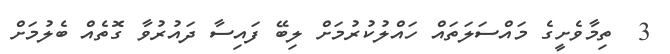
3  ތިމާވެށީގެ މައްސަލަތައް ހައްލުކުރުމަށް ލިބޭ ފައިސާ ދައުރުވާ ގޮތެއް ބެލުމަށް